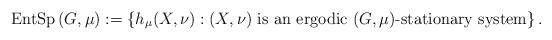
LaTeX: \begin{align*}{\rm EntSp}\left(G,\mu\right):=\left\{ h_{\mu}(X,\nu):(X,\nu)\mbox{ is an ergodic }(G,\mu)\mbox{-stationary system}\right\} .\end{align*}